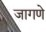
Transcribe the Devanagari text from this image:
जागणे